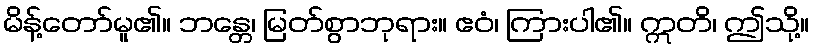
မိန့်တော်မူ၏။ ဘန္တေ၊ မြတ်စွာဘုရား။ ဧဝံ၊ ကြားပါ၏။ ဣတိ၊ ဤသို့။